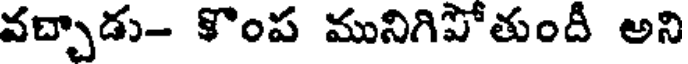
వచ్చాడు- కొంప మునిగిపోతుందీ అని